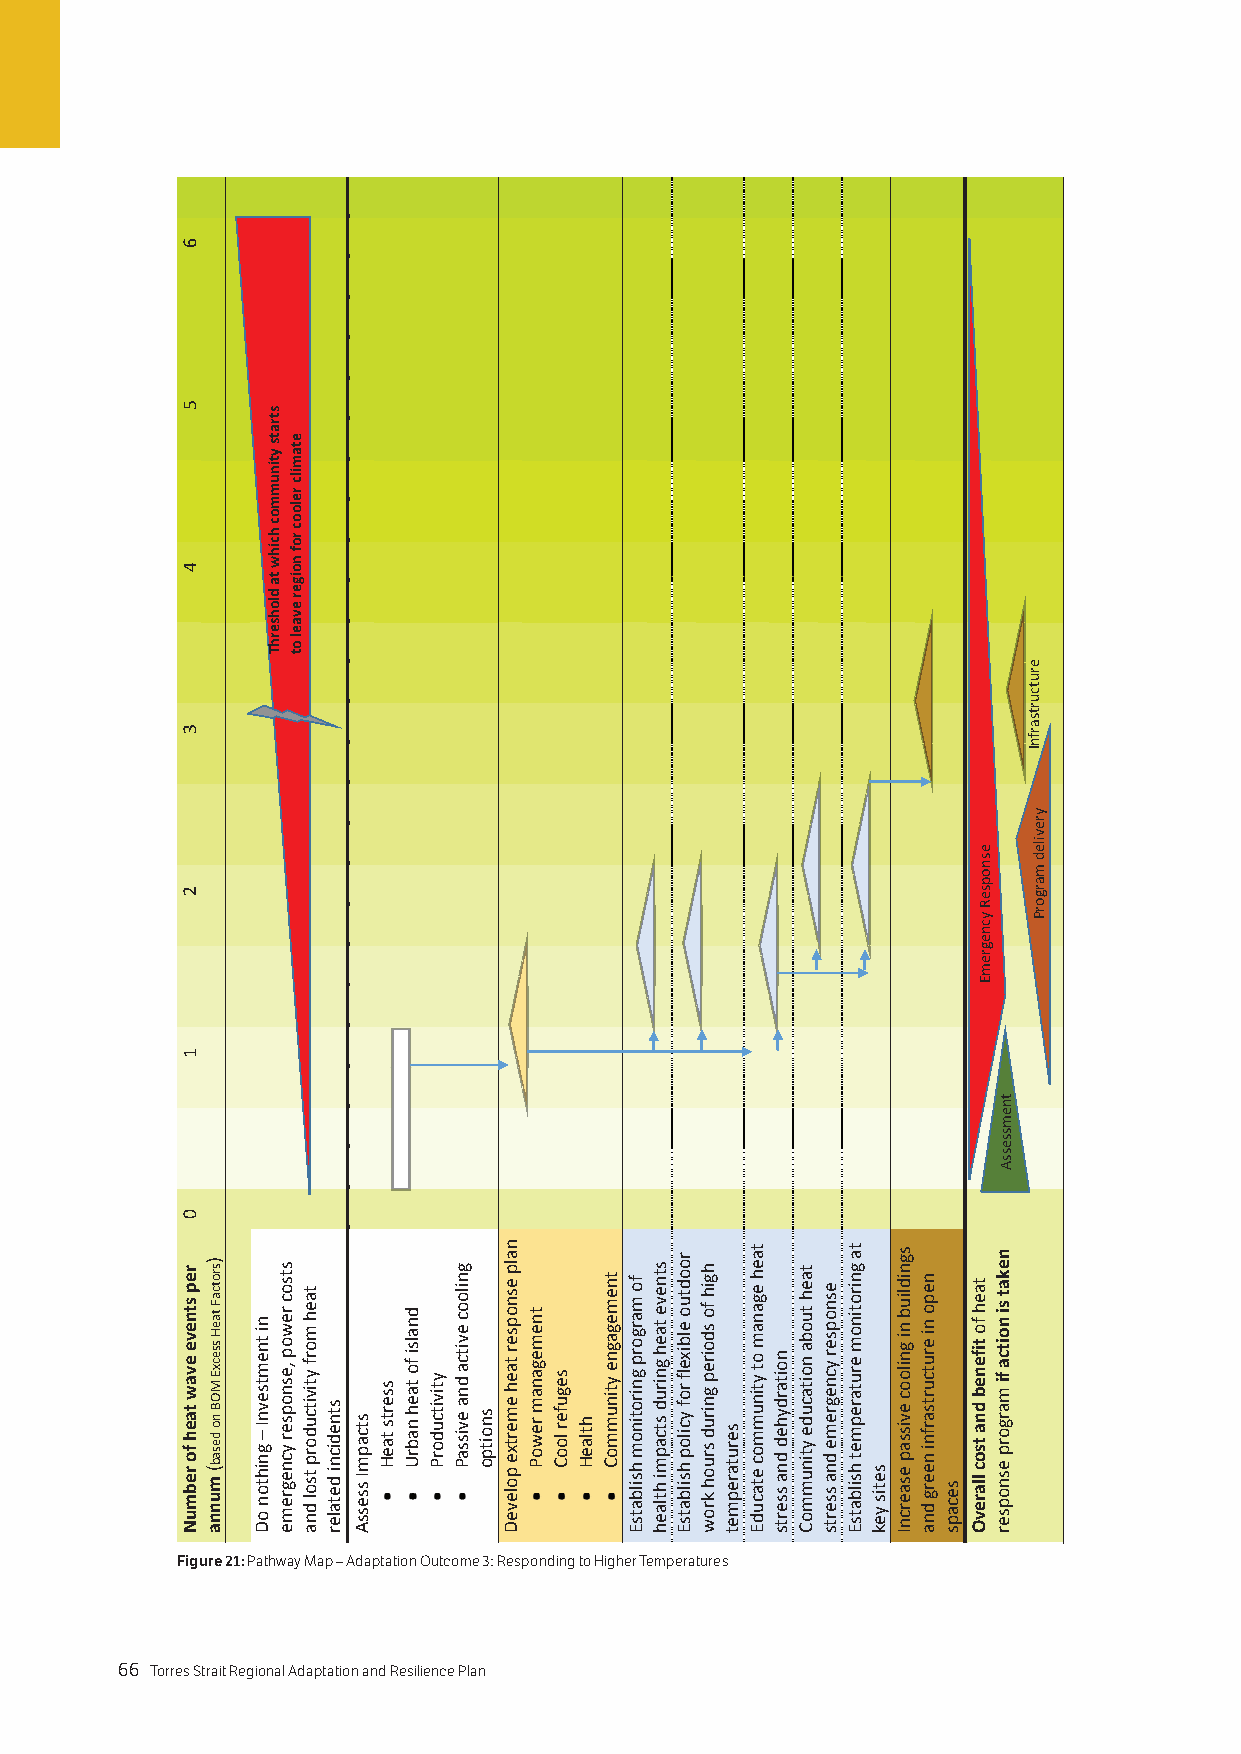
Figure 21: Pathway Map – Adaptation Outcome 3: Responding to Higher Temperatures
 66 Torres Strait Regional Adaptation and Resilience Plan
 6
 5
 4
 3
 2
 1
 0
 rep
 stneve
 evaw
 taeh
 fo
 rebmuN
 )srotcaF
 taeH
 ssecxE
 MOB
 no
 desab(
 munna
 ni
 tnemtsevnI
 – gnihton
 oD
 strats
 ytinummoc
 hcihw
 ta
 dlohserhT
 stsoc
 rewop
 ,esnopser
 ycnegreme
 etamilc
 relooc
 rof
 noiger
 evael
 ot
 taeh
 morf
 ytivitcudorp
 tsol
 dna
 stnedicni
 detaler
 stcapmI
 ssessA
 sserts
 taeH
 dnalsi
 fo
 taeh
 nabrU
 ytivitcudorP
 gnilooc
 evitca
 dna
 evissaP snoitpo
 nalp esnopser
 taeh
 emertxe
 poleveD
 tnemeganam
 rewoP
 segufer
 looC
 htlaeH
 tnemegagne
 ytinummoC
 fo
 margorp
 gnirotinom
 hsilbatsE
 stneve
 taeh
 gnirud
 stcapmi
 htlaeh
 roodtuo
 elbixelf
 rof
 ycilop
 hsilbatsE
 hgih
 fo
 sdoirep
 gnirud
 sruoh
 krow
 serutarepmet
 taeh eganam
 ot
 ytinummoc
 etacudE
 noitardyhed
 dna
 sserts
 taeh
 tuoba
 noitacude
 ytinummoC
 esnopser
 ycnegreme
 dna
 sserts
 ta gnirotinom
 erutarepmet
 hsilbatsE setis
 yek
 sgnidliub
 ni
 gnilooc
 evissap
 esaercnI
 nepo
 ni
 erutcurtsarfni
 neerg
 dna
 secaps
 taeh
 fo
 tifeneb
 dna
 tsoc
 llarevO
 esnopseR
 ycnegremE
 tnemssessA
 nekat
 si
 noitca
 fi margorp
 esnopser
 erutcurtsarfnI
 yreviled
 margorP